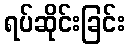
ရပ်ဆိုင်းခြင်း